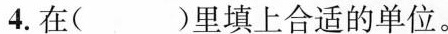
4.在( )里填上合适的单位。